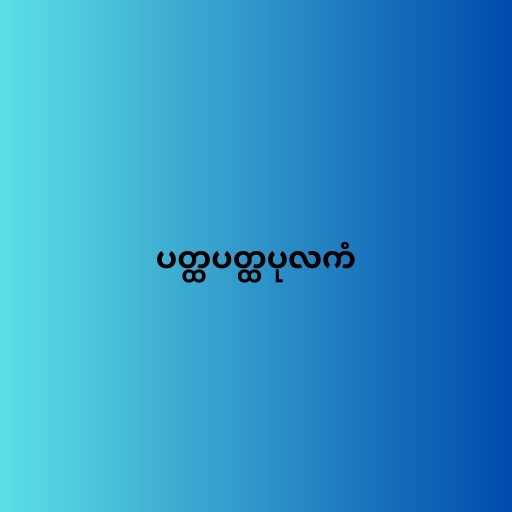
ပတ္ထပတ္ထပုလကံ